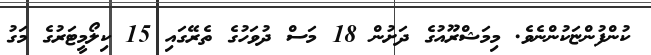
ކުންފުންޏަކުންނެވެ. މިމަޝްރޫއުގެ ދަށުން 18 މަސް ދުވަހުގެ ތެރޭގައި 15 ކިލޯމީޓަރުގެ މަގު